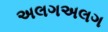
અલગઅલગ